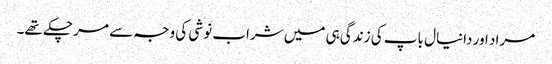
مراد اور دانیال باپ کی زندگی ہی میں شراب نوشی کی وجہ سے مر چکے تھے۔